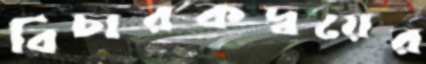
বিচারকদ্বয়ের